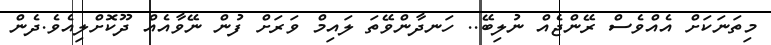
މިތަނަކަށް އެއްވެސް ރޭންޖެއް ނުލިބޭ.. ހަނދާންވޭތަ ލައިމް ވަރަށް ފުން ނޭވާއެއް ދޫކޮށްލިއެވެ.ދެން